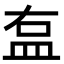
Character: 𥁓